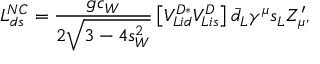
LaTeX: { \cal L } _ { d s } ^ { N C } = \frac { g c _ { W } } { 2 \sqrt { 3 - 4 s _ { W } ^ { 2 } } } \left[ V _ { L i d } ^ { D * } V _ { L i s } ^ { D } \right] \bar { d } _ { L } \gamma ^ { \mu } s _ { L } Z _ { \mu } ^ { \prime } ,